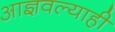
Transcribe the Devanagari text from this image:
आज्ञवल्याही